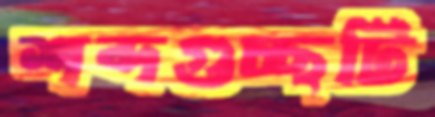
শব্দগুচ্ছটি